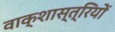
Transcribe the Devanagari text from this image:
वाक्शास्त्रियों